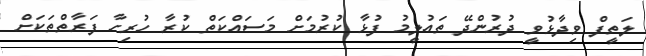
ލަތީފް ވިދާޅުވީ ދުރުންދޭ ތައުލީމު ފުޅާ ކުރުމަށް މަސައްކަތް ކުރާ ހުރިހާ ފަރާތްތަކަށް